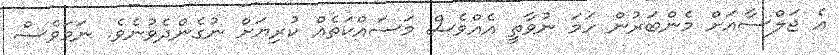
އެ ޖަލްސާއަށް މެންބަރުން ހަމަ ނުވާތީ އެއްވެސް މަސައްކަތެއް ކުރިޔަށް ނުގެންދެވުނެވެ. ނަމަވެސް